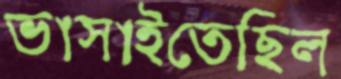
ভাসাইতেছিল